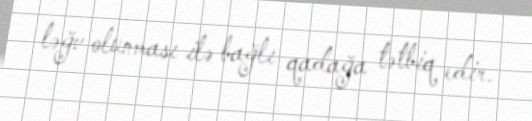
ləğv olunması ilə bağlı qadağa tətbiq edir.